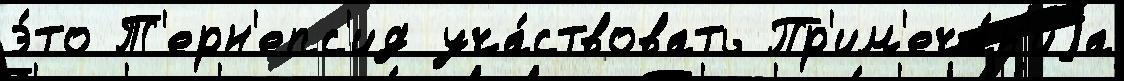
э́то Т'ерн'епс'ид уча́ствовать Пр'им'еча́н'иjа